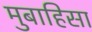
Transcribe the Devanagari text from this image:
मुबाहिसा